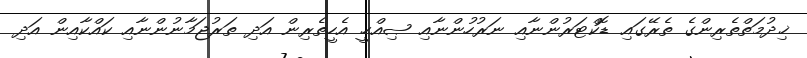
ޚިދުމަތްތެރިންގެ ތެރޭގައި ޑޮކްޓަރުންނާއި ނަރުހުންނާއި ޞިއްޙީ އެހީތެރިން އަދި ތަރުޖަމާނުންނާއި ކައްކާއިން އަދި